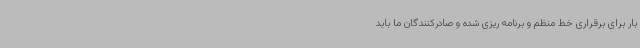
بار برای برقراری خط منظم و برنامه ریزی شده و صادرکنندگان ما باید